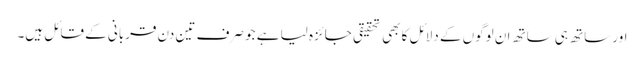
اور ساتھ ہی ساتھ ان لوگوں کے دلائل کا بھی تحقیقی جائزہ لیا ہے جو صرف تین دن قربانی کے قائل ہیں۔